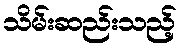
သိမ်းဆည်းသည့်